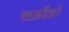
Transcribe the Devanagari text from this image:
राठौडो